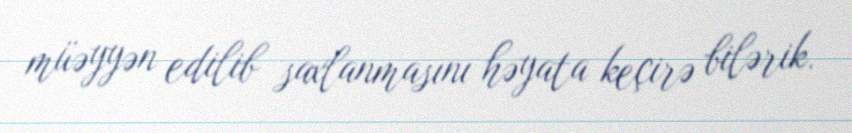
müəyyən edilib saxlanmasını həyata keçirə bilərik.